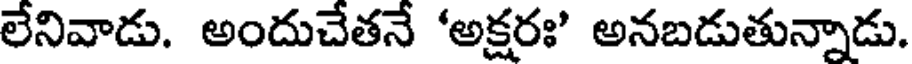
లేనివాడు. అందుచేతనే 'అక్షరః' అనబడుతున్నాడు.